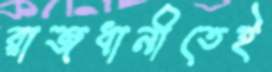
রাজধানীতেই